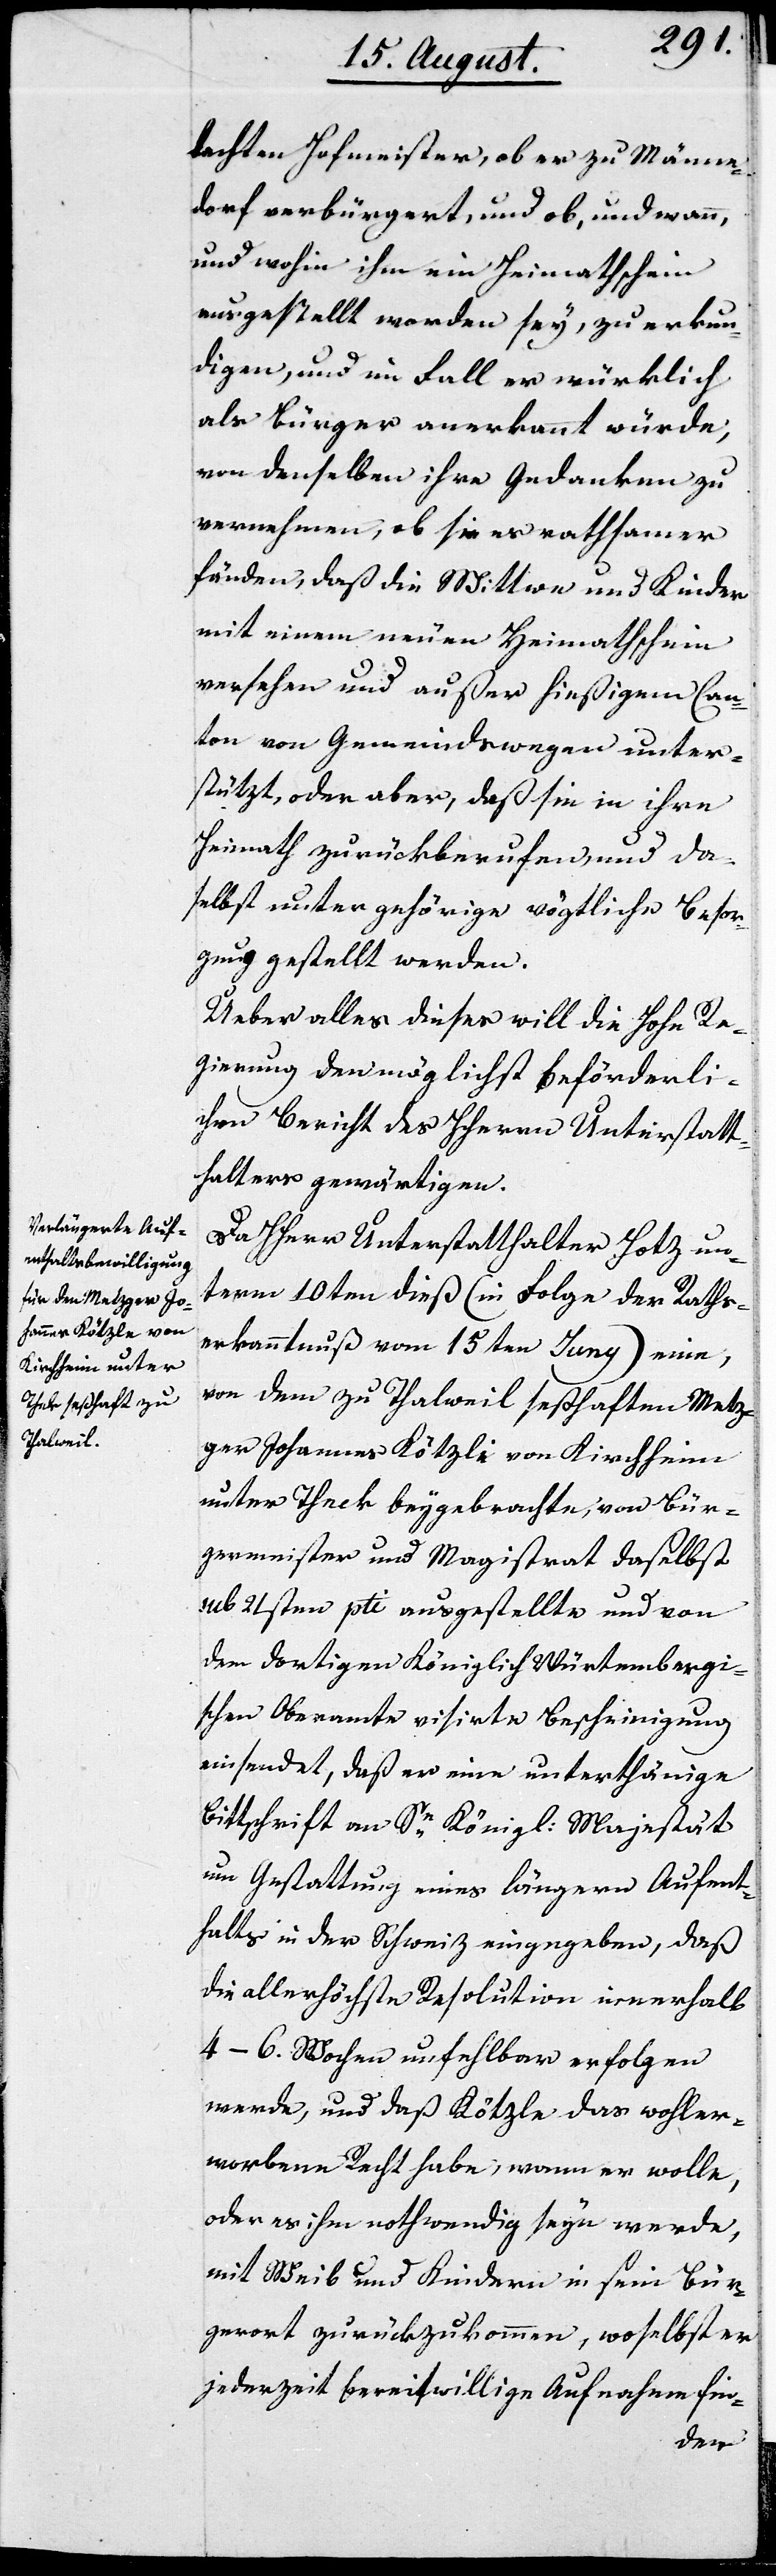
dachten Hofmeister, ob er zu Männe¬
dorf verbürgert, und ob, und wann,
und wohin ihm ein Heymathschein
ausgestellt worden sey, zu erkun¬
digen, und im Fall er würklich
als Bürger anerkannt würde,
von denselben ihre Gedanken zu
vernehmen, ob sie es rathsamer
fänden, daß die Wittwe und Kinder
mit einem neuen Heymathschein
versehen und außer hießigem Can¬
ton von Gemeindswegen unter¬
stützt, oder aber, daß sie in ihre
Heimath zurückberufen, und da¬
selbst unter gehörige vögtliche Besor¬
gung gestellt werden.
Über alles dieses will die Hohe Re¬
gierung den möglichst beförderli¬
chen Bericht des HHerrn Unterstatt¬
halters gewärtigen.
Da HHerr Unterstatthalter Hotz un¬
term 10ten dieß (in Folge der Raths¬
erkanntnuß vom 15ten Juny) eine,
von dem zu Thalwil seßhaften Metz¬
ger Johannes Kötzle von Kirchheim
unter Theck beygebrachte, von Bür¬
germeister und Magistrat daselbst
sub 21sten pti. ausgestellte und von
dem dortigen Königlich Würtembergi¬
schen Oberamte visierte Beschreibung
einsendet, daß er eine unterthänige
Bittschrift an Se. Königl. Majestät
um Gestattung eines längern Aufent¬
halts in der Schweiz eingegeben, daß
die allerhöchste Resolution innerhalb
4–6. Wochen unfehlbar erfolgen
werde, und daß Kötzle das wohler¬
worbene Recht habe, wann er wolle,
oder es ihm nothwendig seyn werde,
mit Weib und Kindern in sein Bür¬
gerort zurückzukommen, woselbst er
jederzeit bereitwillige Aufnahme fin-